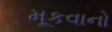
મૂકવાનો